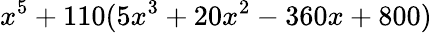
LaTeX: x^{5}+110(5x^{3}+20x^{2}-360x+800)